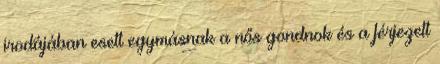
irodájában esett egymásnak a nős gondnok és a férjezett